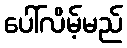
ပေါ်လိမ့်မည်